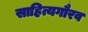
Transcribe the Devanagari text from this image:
साहित्यगौरव